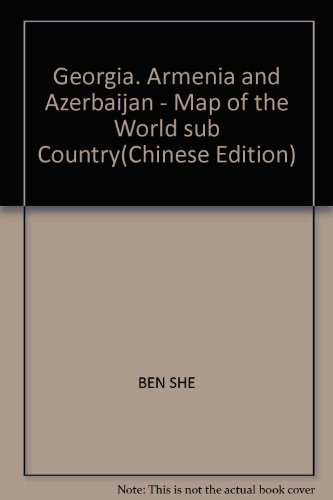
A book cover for Georgia, Armenia and Azerbaijan - Map of the World sub Country; BEN SHE; Travel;